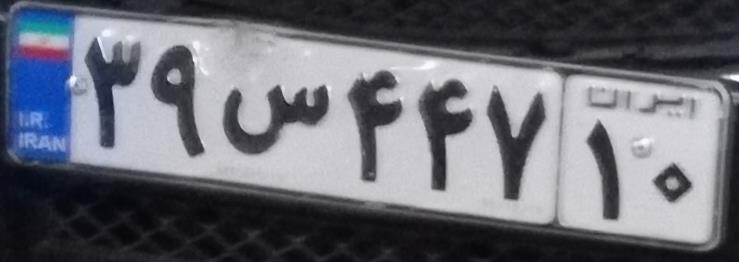
۳۹س۴۴۷۱۰